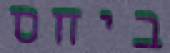
ביחס